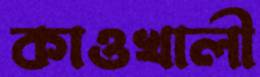
কাওখালী